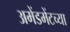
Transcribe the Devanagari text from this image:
अमेंडमेंटच्या